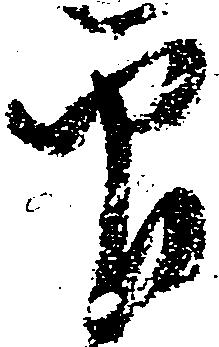
印